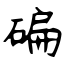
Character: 碥